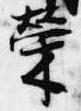
栄